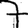
Digit: 7